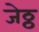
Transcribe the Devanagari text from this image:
जेठ्ठ